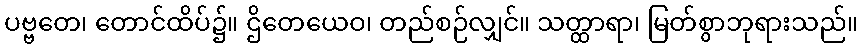
ပဗ္ဗတေ၊ တောင်ထိပ်၌။ ဌိတေယေဝ၊ တည်စဉ်လျှင်။ သတ္ထာရာ၊ မြတ်စွာဘုရားသည်။